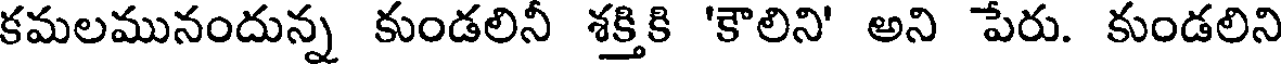
కమలమునందున్న కుండలినీ శక్తికి 'కౌలిని' అని పేరు. కుండలిని